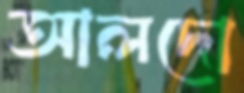
আলদো